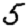
Digit: 5